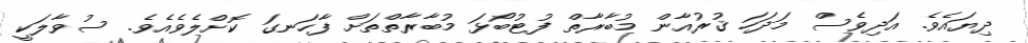
ދިޔައެވެ. އަދިވެސް މަދަހަ ޤުރުއާން މުބާރާތް ފުޓުބޯޅަ މުބާރާތްތަށް ފާހަނގަ ކޮށްލެވެއެވެ. ސުވާލަކީ